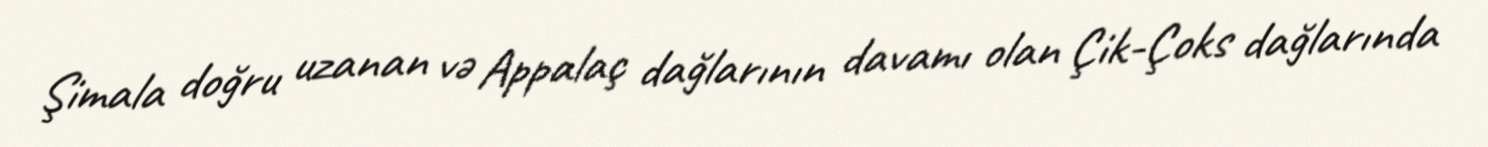
Şimala doğru uzanan və Appalaç dağlarının davamı olan Çik-Çoks dağlarında